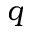
q